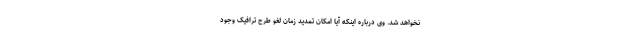
نخواهد شد. وی درباره اینکه آیا امکان تمدید زمان لغو طرح ترافیک وجود